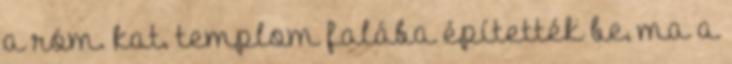
a róm. kat. templom falába építették be, ma a